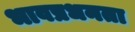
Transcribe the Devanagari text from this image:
भावप्रधनता